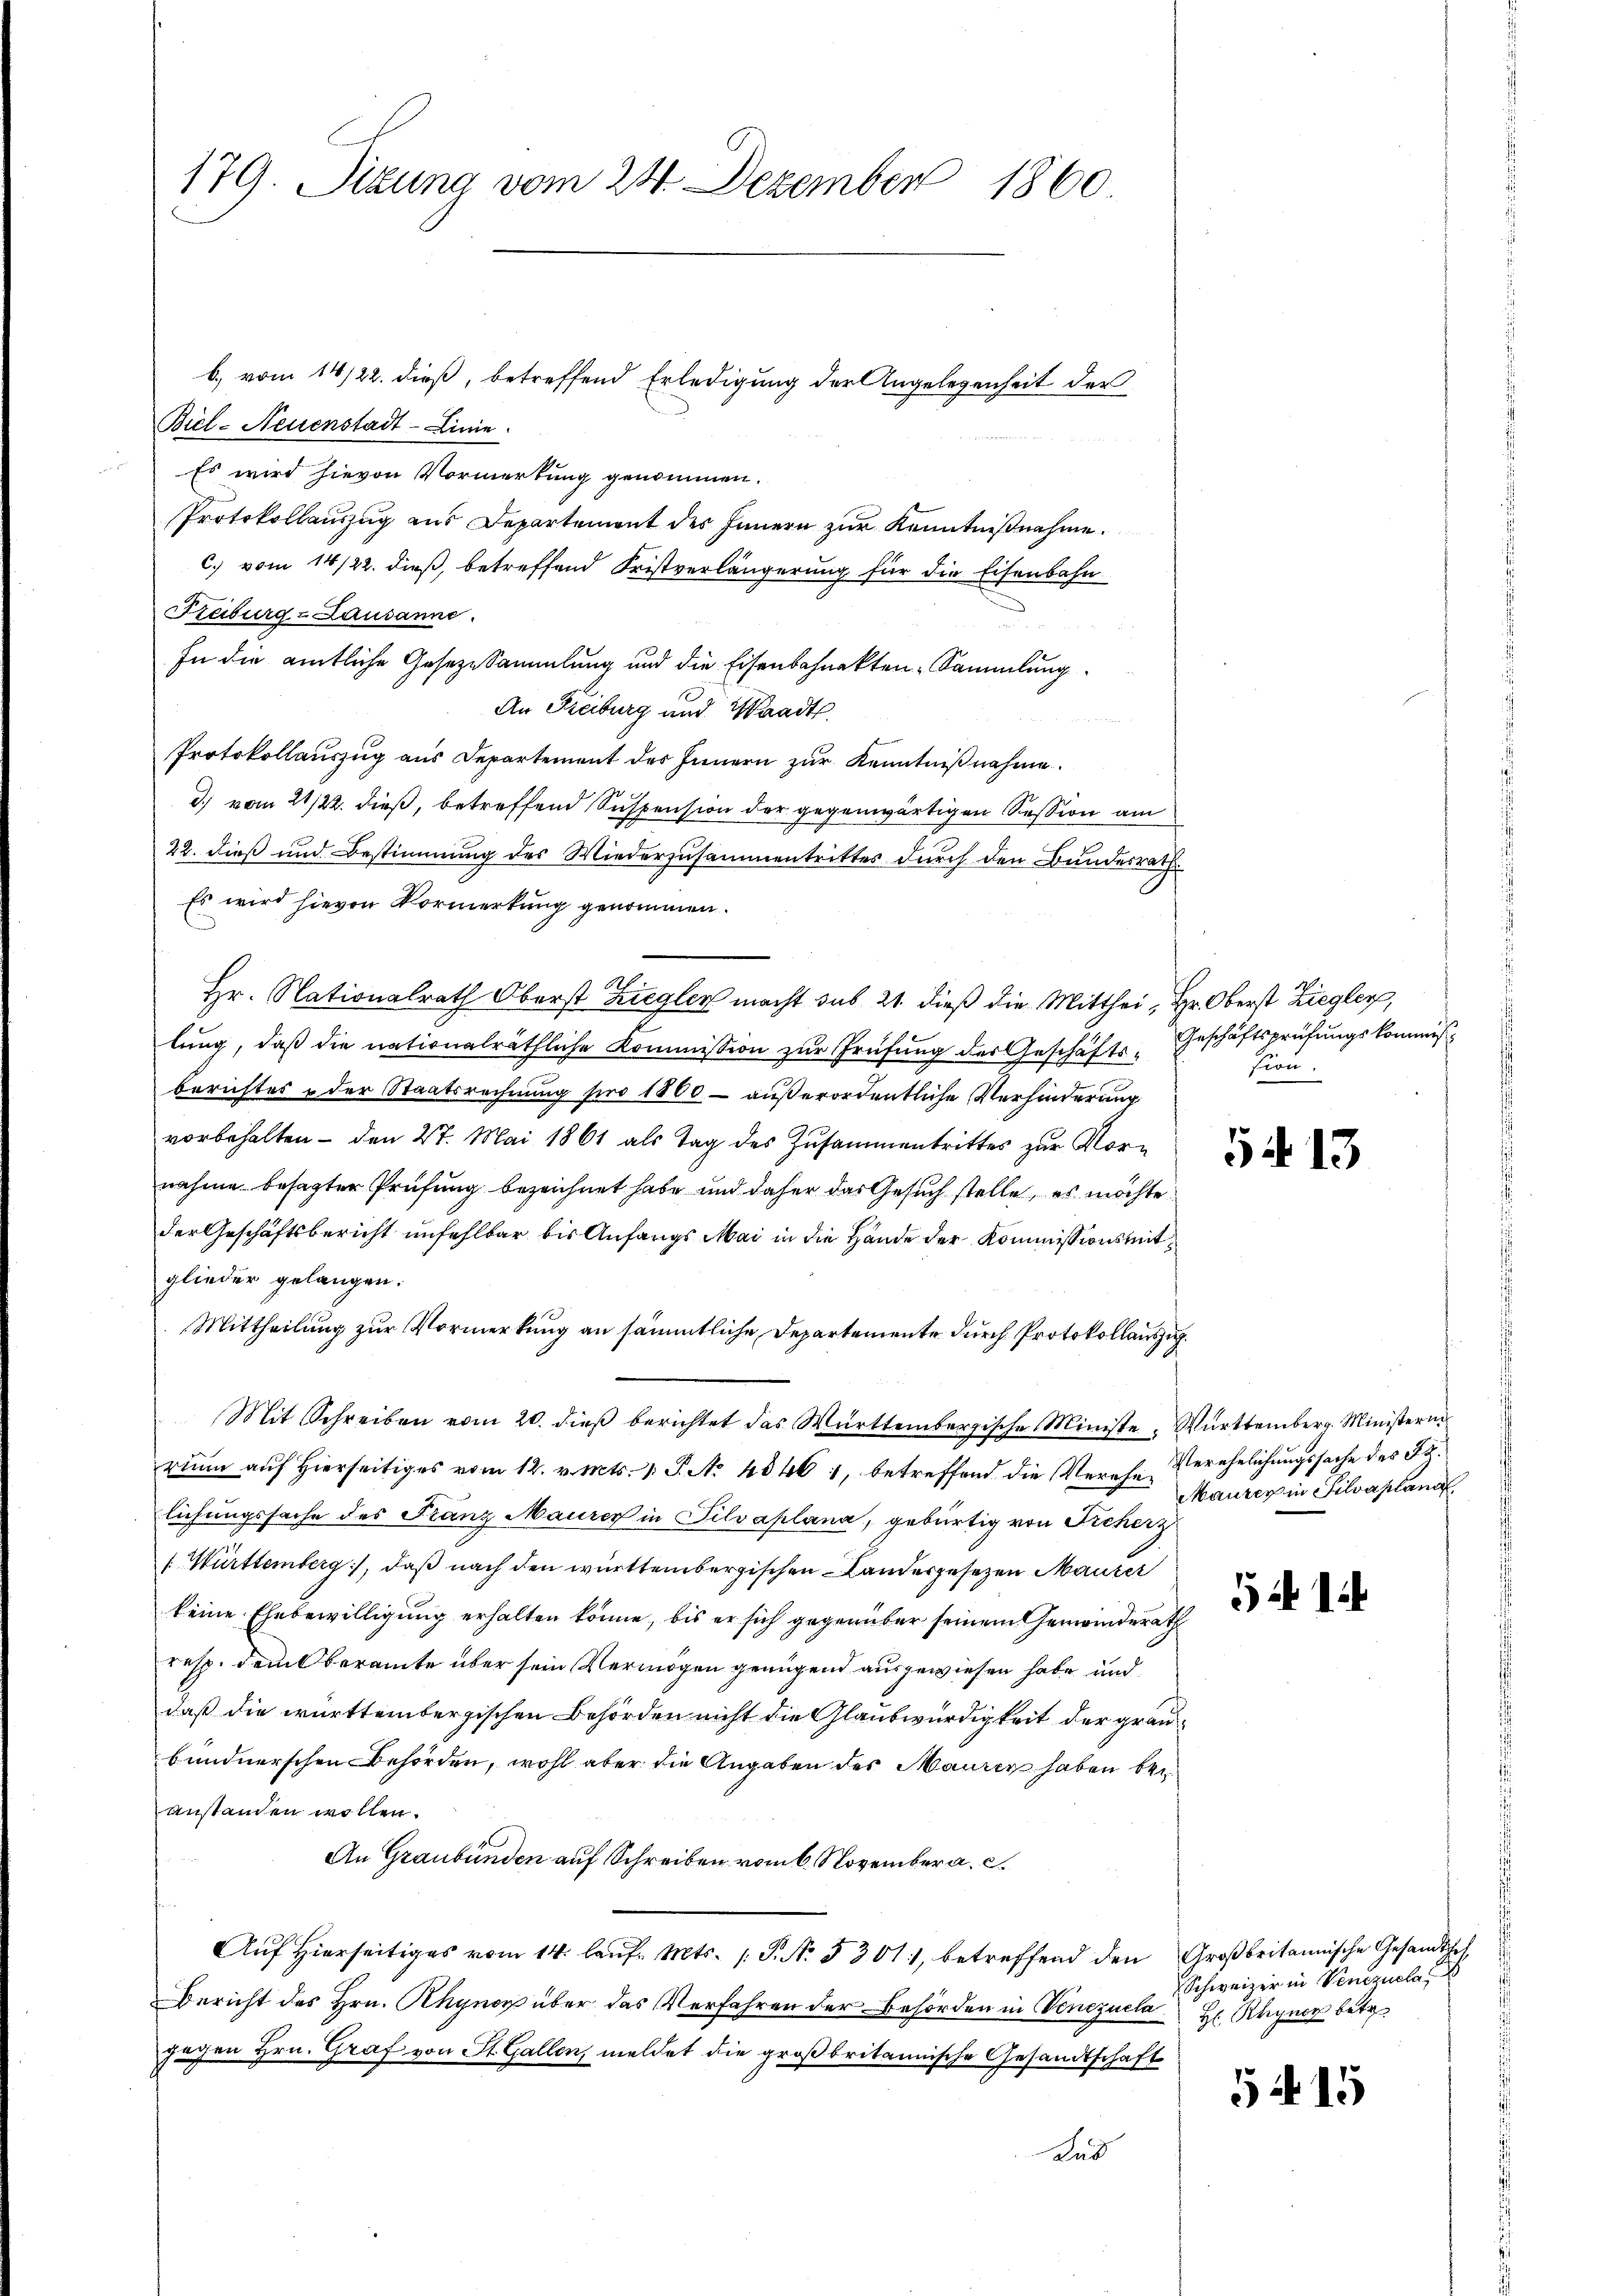
179. Sizung vom 24. Dezember 1860

b.) vom 14/22. dieß, betreffend Erledigung der Angelegenheit der
Biel-Neuenstadt-Linie.
Es wird hievon Vormerkung genommen.
Protokollauszug aus Departement des Innern zur Kenntnißnahme.
c) vom 14/22. dieß, betreffend Fristverlängerung für die Eisenbahn
Reiburg & Lausanne.
In die amtliche Gesezesammlung und die Eisenbahnakten Sammlung
An Freiburg und Waadt.
Protokollauszug aus Departement des Innern zur Kenntnißnahme.
d.) vom 21/22. dieß, betreffend Suspension der gegenwärtigen Session am
22. dieß und Bestimmung des Wiederzusammentrittes durch den Bundesrath
Es wird hievon Vormerkung genommen.
Hr. Nationalrath Oberst Ziegler macht sub 21. dieß die Mitthei Hr. Oberst Ziegler,
lung, daß die nationalräthliche Kommission zur Prüfung des Geschäftsberichtes & der Staatsrechnung pro 1800 – außerordentliche Verhinderung
vorbehalten - den 27. Mai 1861 als Tag des Zusammentrittes zur Vornahme besagter Prüfung bezeichnet habe und daher das Gesuch stelle, es möchte
der Geschäftsbericht unfehlbar bis Anfangs Mai in die Hände der Kommissionsmitglieder gelangen.
Mittheilung zur Vormerkung an sämmtliche Departemente durch Protokollauszug
Mit Schreiben vom 20. dieβ berichtet das Württembergische Ministe. Württemberg. Ministern
runn auf hierseitiges vom 12. v. Mts. 1. S. No 48461, betreffend die Verehe Verehelichungssache des Falichungssache des Franz Maurer in Silvaplana, gebürtig von Freherz
[ Württemberg), daß nach den württembergischen Landesgesetzen Maurer
keine Ehebewilligung erhalten könne, bis er sich gegenüber seinem Gemeinderath
resp. dem Oberamte über sein Vermögen genügend ausgewiesen habe und
daß die württembergischen Behörden nicht die Glaubwürdigkeit der graubundnerschen Behörden, wohl aber die Angaben des Mauren haben bei
anstanden wollen.
An Graubünden auf Schreiben vom 6. November a. c.
Auf hierseitiges vom 14. laŭf. Mts. 1. P. Nr. § 301, betreffend den Großbritannische Gesandtsch
Bericht des Hrn. Rhyner über das Verfahren der Behörden in Venezuelajagen Hrn. Graf von St. Gallen, meldet die großbritannische Gesandtschaft
und

Geschäftsprüfungskommißsion.

5413

Maurer in Silvaplana

54 14

Schweizer in Venezuela
H Rhyner betr.

5415